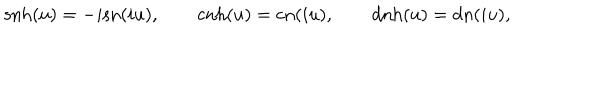
\mathrm { s n h } ( u ) = - i \mathrm { s n } ( i u ) , \qquad \mathrm { c n h } ( u ) = \mathrm { c n } ( i u ) , \qquad \mathrm { d n h } ( u ) = \mathrm { d n } ( i u ) ,